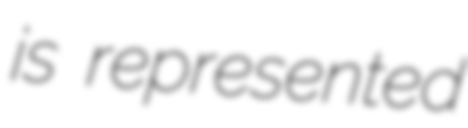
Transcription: is represented